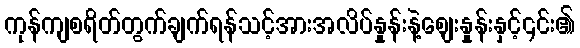
ကုန်ကျစရိတ်တွက်ချက်ရန်သင့်အားအလိပ်နှုန်းနဲ့စျေးနှုန်းနှင့်၎င်း၏